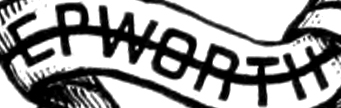
EPWORTH